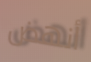
أنهض